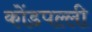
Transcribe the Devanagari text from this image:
कोंडपल्ली